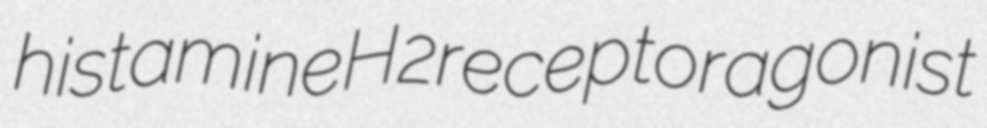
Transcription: histamine H2 receptor agonist